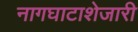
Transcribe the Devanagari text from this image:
नागघाटाशेजारी